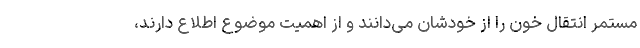
مستمر انتقال خون را از خودشان می‌دانند و از اهمیت موضوع اطلاع دارند،